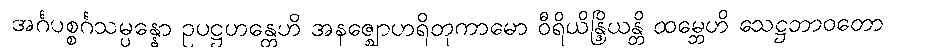
အင်္ဂပစ္စင်္ဂသမ္ပန္နော ဥပဋ္ဌဟန္တေဟိ အနဇ္ဈောဟရိတုကာမော ဝီရိယိန္ဒြိယန္တိ ထမ္ဘေဟိ သေဋ္ဌဘာဝတော